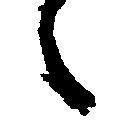
々